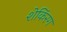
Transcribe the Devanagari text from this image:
शेकिंरग